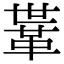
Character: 𩊈